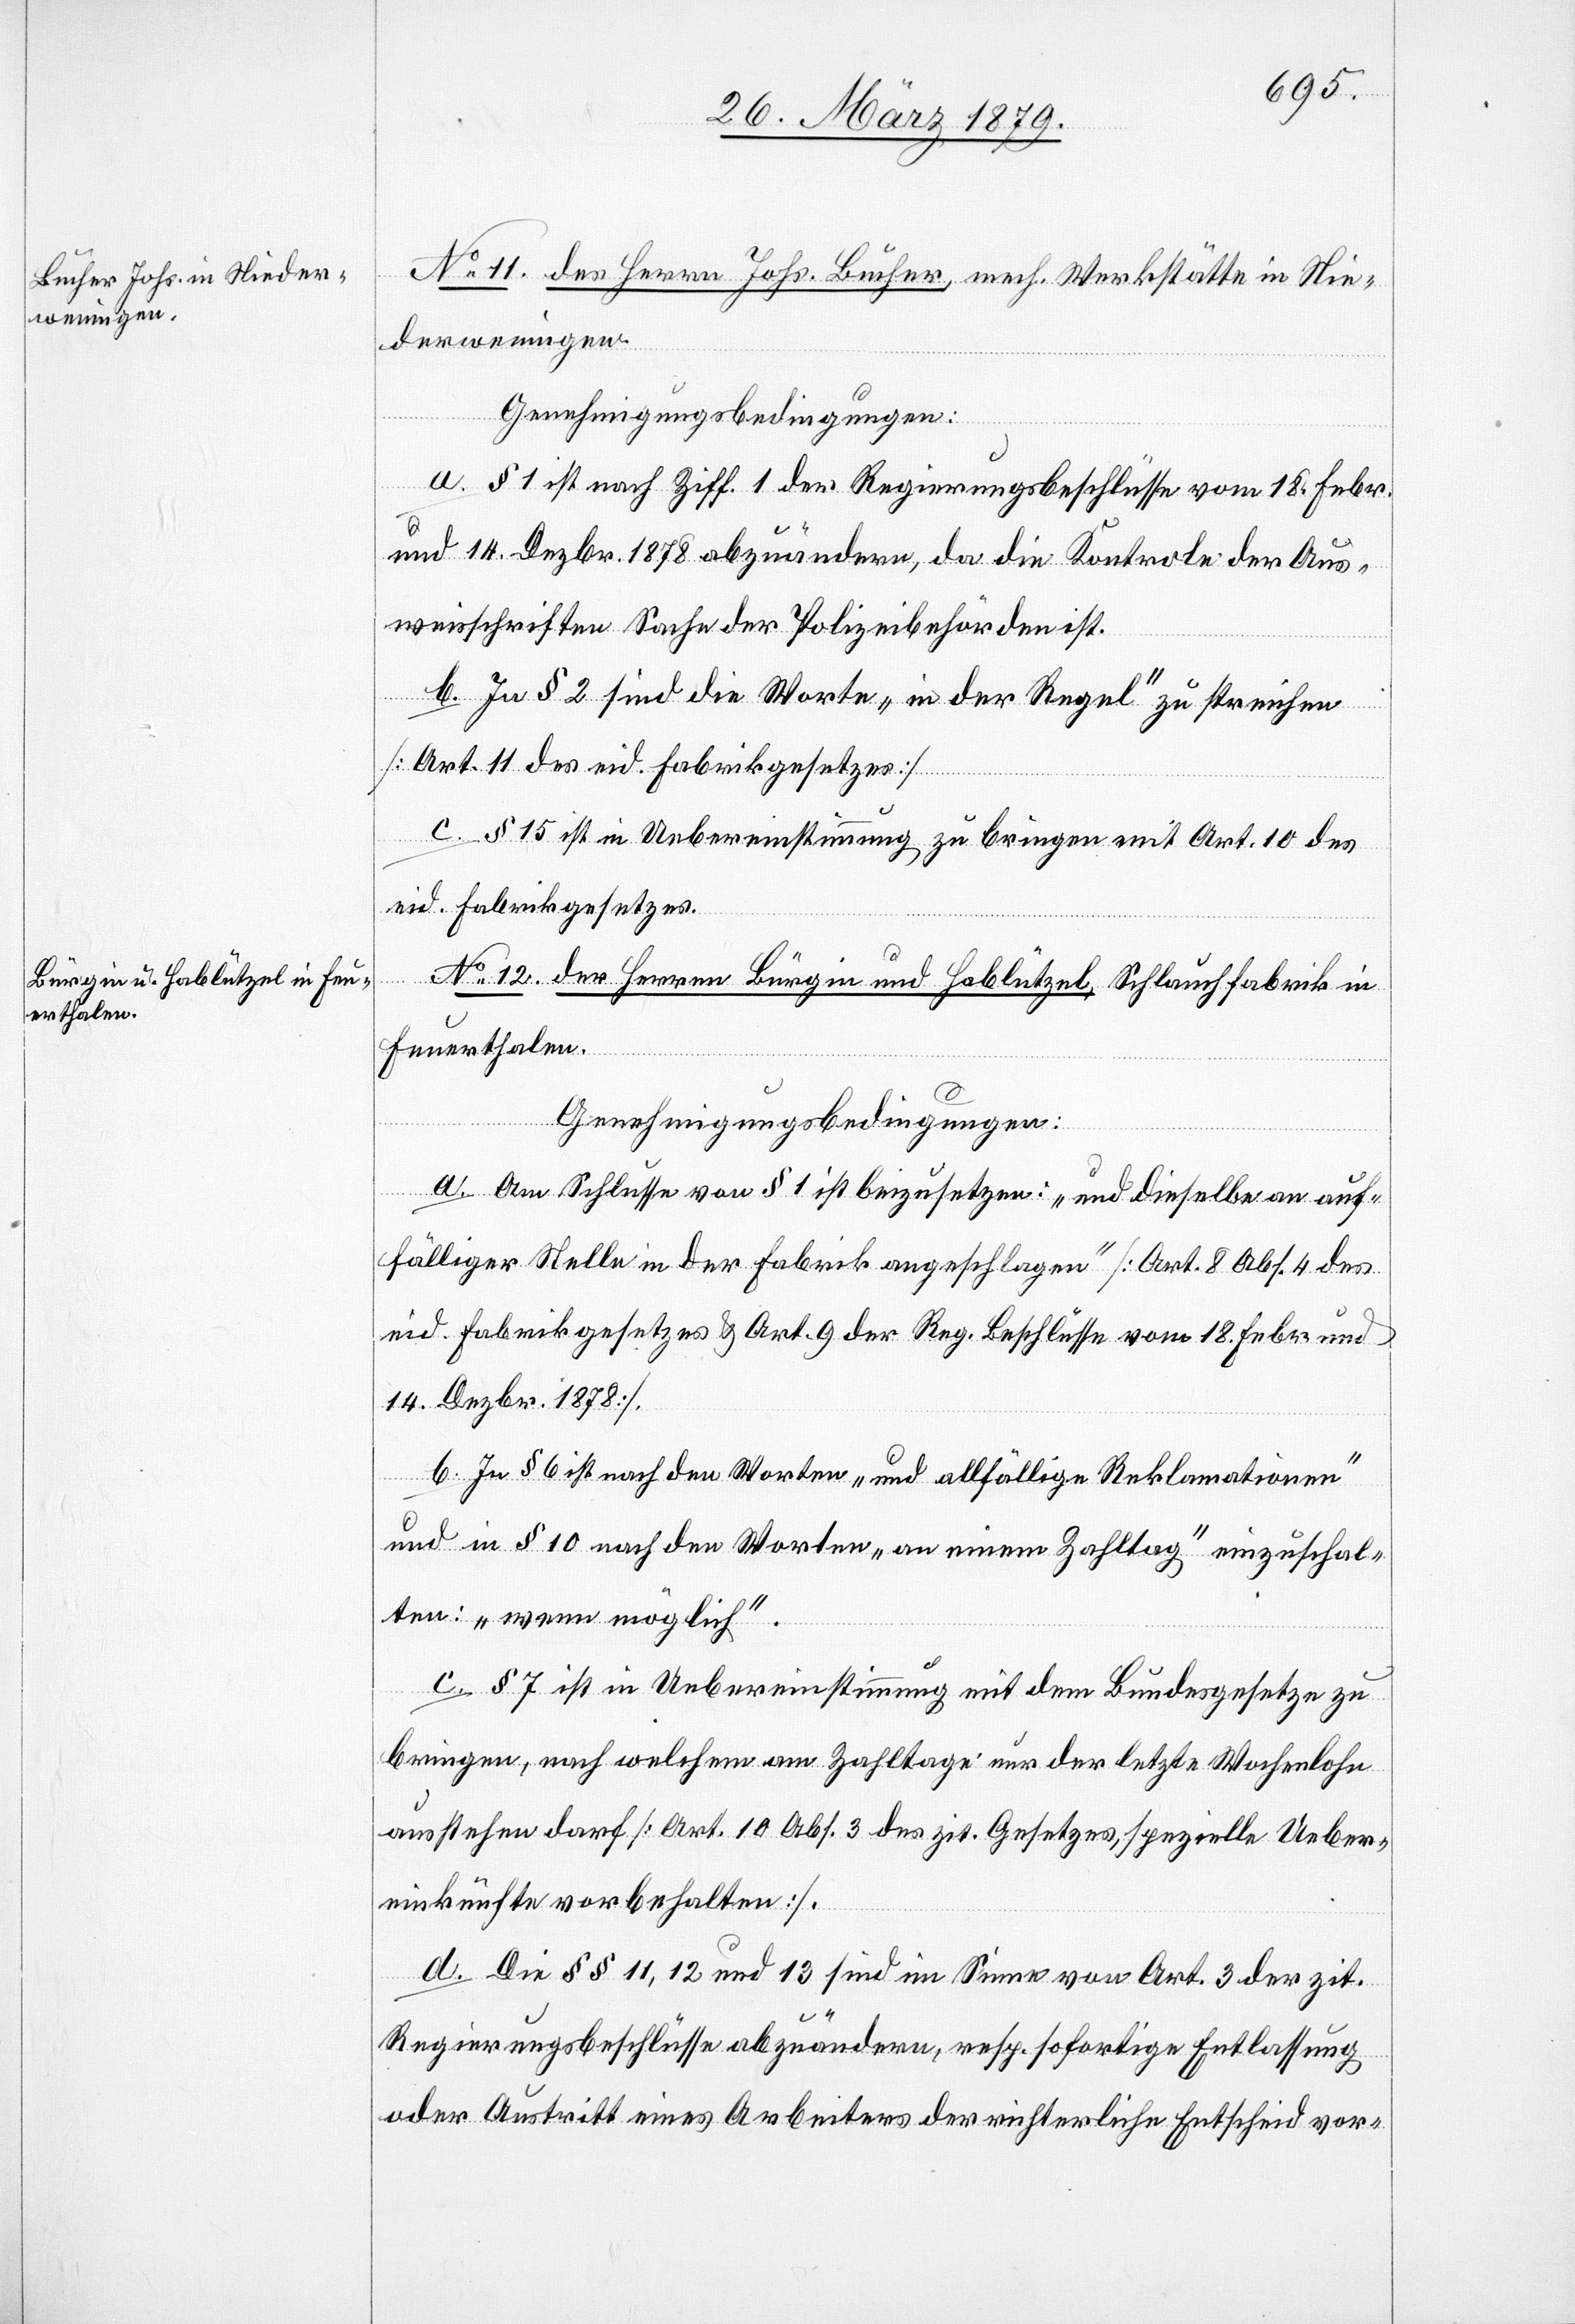
No 11. des Herrn Johs. Bucher, mech. Werkstätte in Nie¬
derweningen.
Genehmigungsbedingungen:
a. § 1 ist nach Ziff. 1 der Regierungsbeschlüsse vom 18. Febr.
und 14. Dezbr. 1878 abzuändern, da die Kontrole der Aus¬
weisschriften Sache der Polizeibehörden ist.
b. In § 2 sind die Worte „in der Regel“ zu streichen
[Art. 11 des eid. Fabrikgesetzes].
c. § 15 ist in Uebereinstimmung zu bringen mit Art. 10 des
eid. Fabrikgesetzes.
kordnung.]
No 12. der Herren Bürgin und Hablützel, Schlauchfabrik in
Feuerthalen.
a. Am Schlusse von § 1 ist beizusetzen: „und dieselbe an auf¬
fälliger Stelle in der Fabrik angeschlagen“ [Art. 8 Abs. 4 des
eid. Fabrikgesetzes & Art. 9 der Reg. Beschlüsse vom 18. Febr. und
14. Dezbr. 1878].
b. In § 6 ist nach den Worten „und allfällige Reklamationen“
und in § 10 nach den Worten „an einem Zahltag“ einzuschal¬
ten: „wenn möglich“.
c. § 7 ist in Uebereinstimmung mit dem Bundesgesetze zu
bringen, nach welchem am Zahltage nur der letzte Wochenlohn
ausstehen darf [Art. 10 des zit. Gesetzes, spezielle Ueber¬
einkünfte vorbehalten].
d. Die §§ 11, 12 und 13 sind im Sinne von Art. 3 der zit.
Regierungsbeschlüsse abzuändern, resp. sofortige Entlassung
oder Austritt eines Arbeiters der richterliche Entscheid vor-